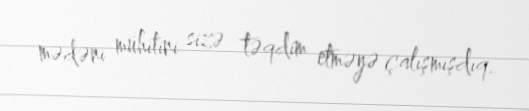
mədəni mühitini sizə təqdim etməyə çalışmışdıq.